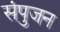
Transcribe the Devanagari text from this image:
संपुजन